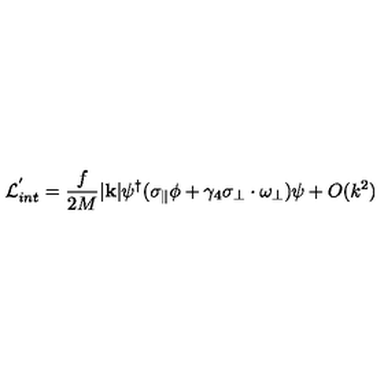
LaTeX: { \cal L } _ { i n t } ^ { ' } = \frac { f } { 2 M } | { \bf k } | \psi ^ { \dag } ( \sigma _ { \parallel } \phi + \gamma _ { 4 } \mathrm { \boldmath \sigma } _ { \perp } \cdot \mathrm { \boldmath \omega } _ { \perp } ) \psi + O ( k ^ { 2 } )